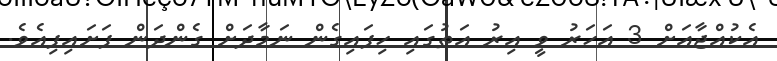
އެކުއްޖާއަށް 3 އަހަރު ވީ އިރު އަތުގައި ހިފައިގެން ނަމާދަށް ގެންދަން ފަށައިފިއެވެ.